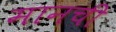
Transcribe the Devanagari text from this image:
मानची